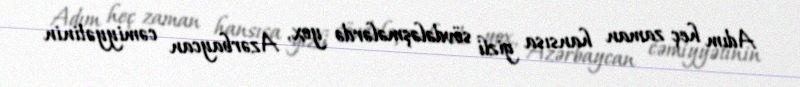
Adım heç zaman hansısa gizli sövdələşmələrdə yox, Azərbaycan cəmiyyətinin